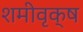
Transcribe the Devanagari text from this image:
शमीवृक्ष